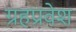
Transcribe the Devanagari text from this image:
ग्रहप्रवेश